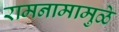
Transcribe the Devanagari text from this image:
रामनामामुळे